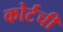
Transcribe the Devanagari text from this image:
कोर्टची